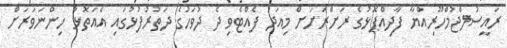
ރައީސުލްޖުމްހޫރިއްޔާ ފާދިއްޕޮޅުގެ ރަށްރަށަށް މިއަދު ފެއްޓެވި ދެ ދުވަހުގެ ދަތުރުފުޅުގައި އެއަތޮޅު ހިންނަވަރަށް